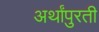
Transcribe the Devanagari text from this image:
अर्थांपुरती